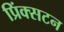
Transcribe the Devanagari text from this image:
प्रिंक्सटन